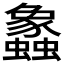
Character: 𲀔